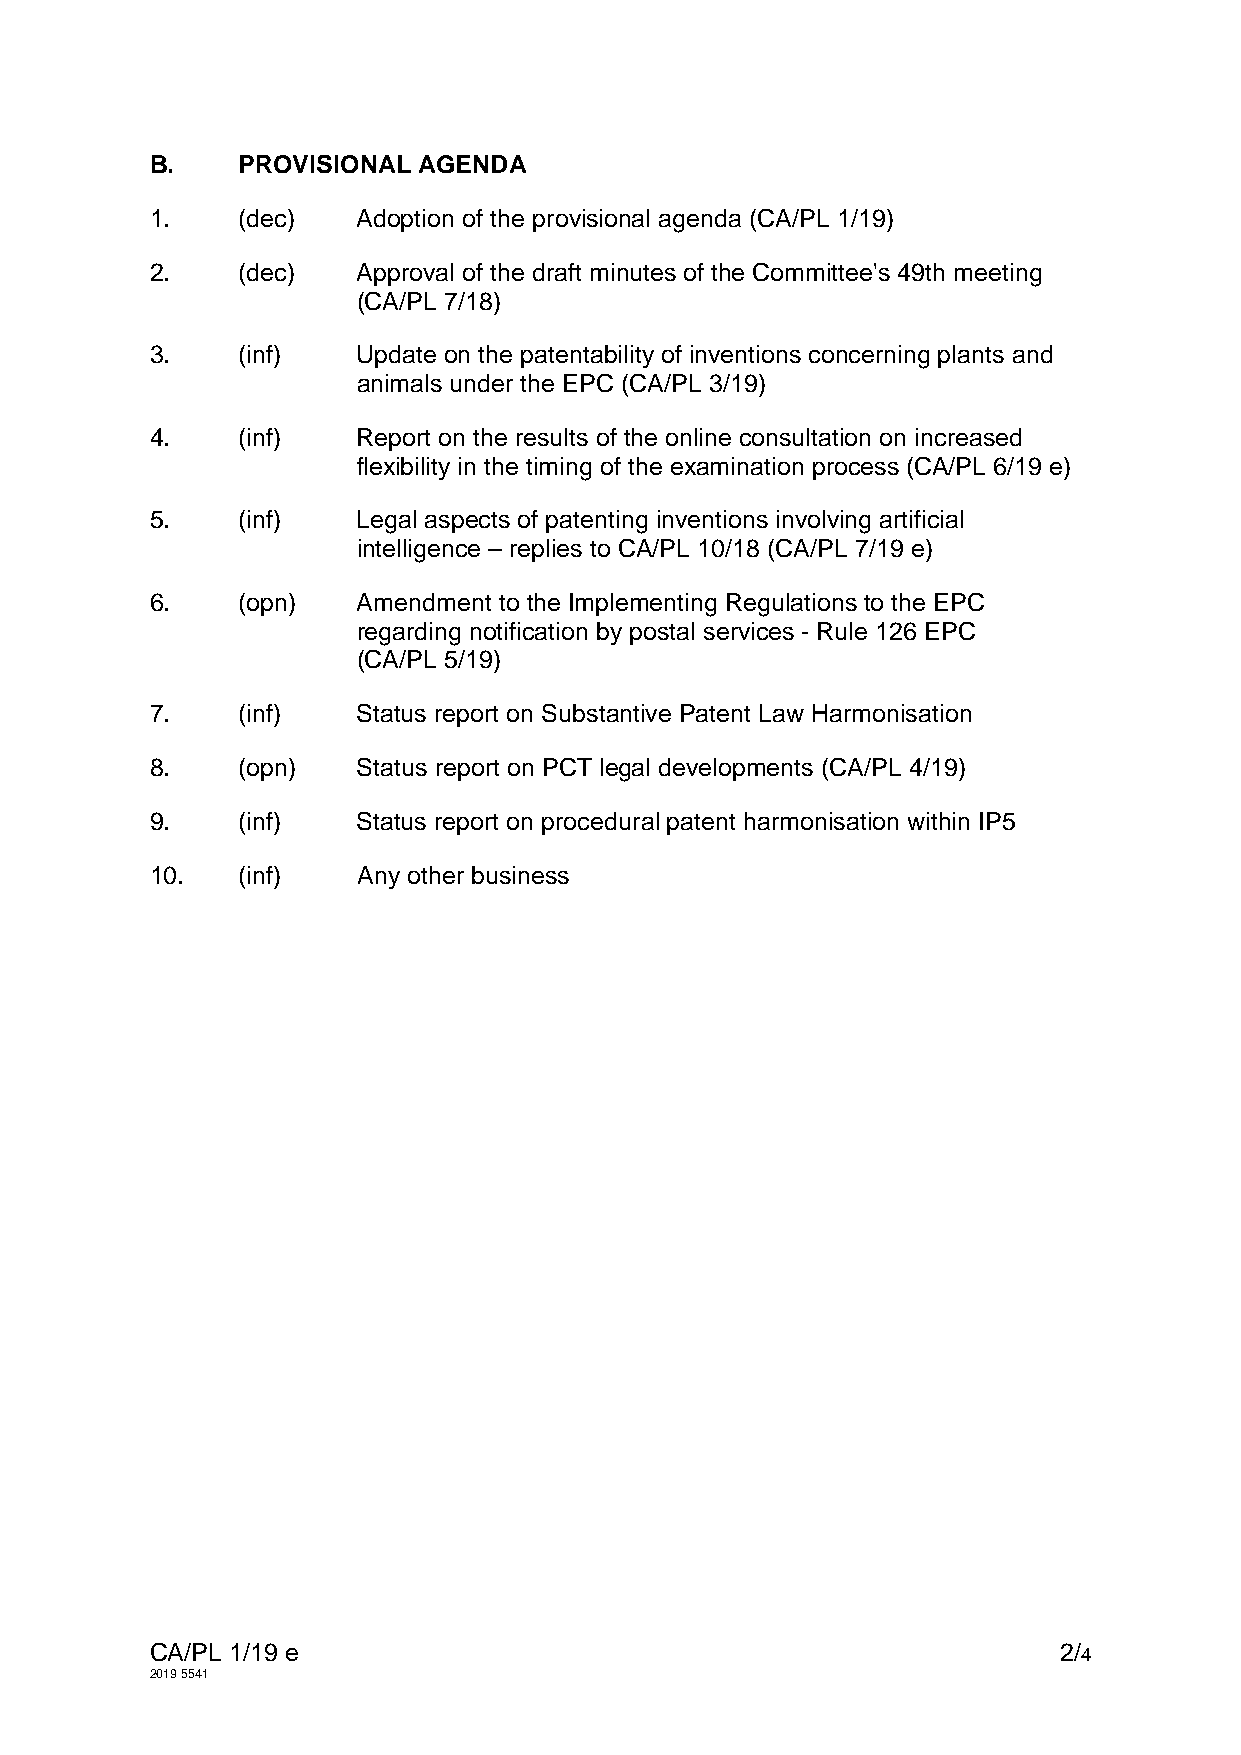
B.    PROVISIONAL AGENDA
 1.    (dec)   Adoption of the provisional agenda (CA/PL 1/19)
 2.    (dec)   Approval of the draft minutes of the Committee's 49th meeting
 (CA/PL 7/18)
 3.    (inf)   Update on the patentability of inventions concerning plants and
 animals under the EPC (CA/PL 3/19)
 4.    (inf)   Report on the results of the online consultation on increased
 flexibility in the timing of the examination process (CA/PL 6/19 e)
 5.    (inf)   Legal aspects of patenting inventions involving artificial
 intelligence – replies to CA/PL 10/18 (CA/PL 7/19 e)
 6.    (opn)   Amendment to the Implementing Regulations to the EPC
 regarding notification by postal services - Rule 126 EPC
 (CA/PL 5/19)
 7.    (inf)   Status report on Substantive Patent Law Harmonisation
 8.    (opn)   Status report on PCT legal developments (CA/PL 4/19)
 9.    (inf)   Status report on procedural patent harmonisation within IP5
 10.   (inf)   Any other business
 CA/PL 1/19 e                                                2/4
 2019 5541